Bréfritari: Sigríður Pálsdóttir
Viðtakandi: Páll Pálsson
Dagsetning: A-1860-11-23
Skrifað á: Breiðabólsstað  Rang.
Páll var bróðir Sigríðar

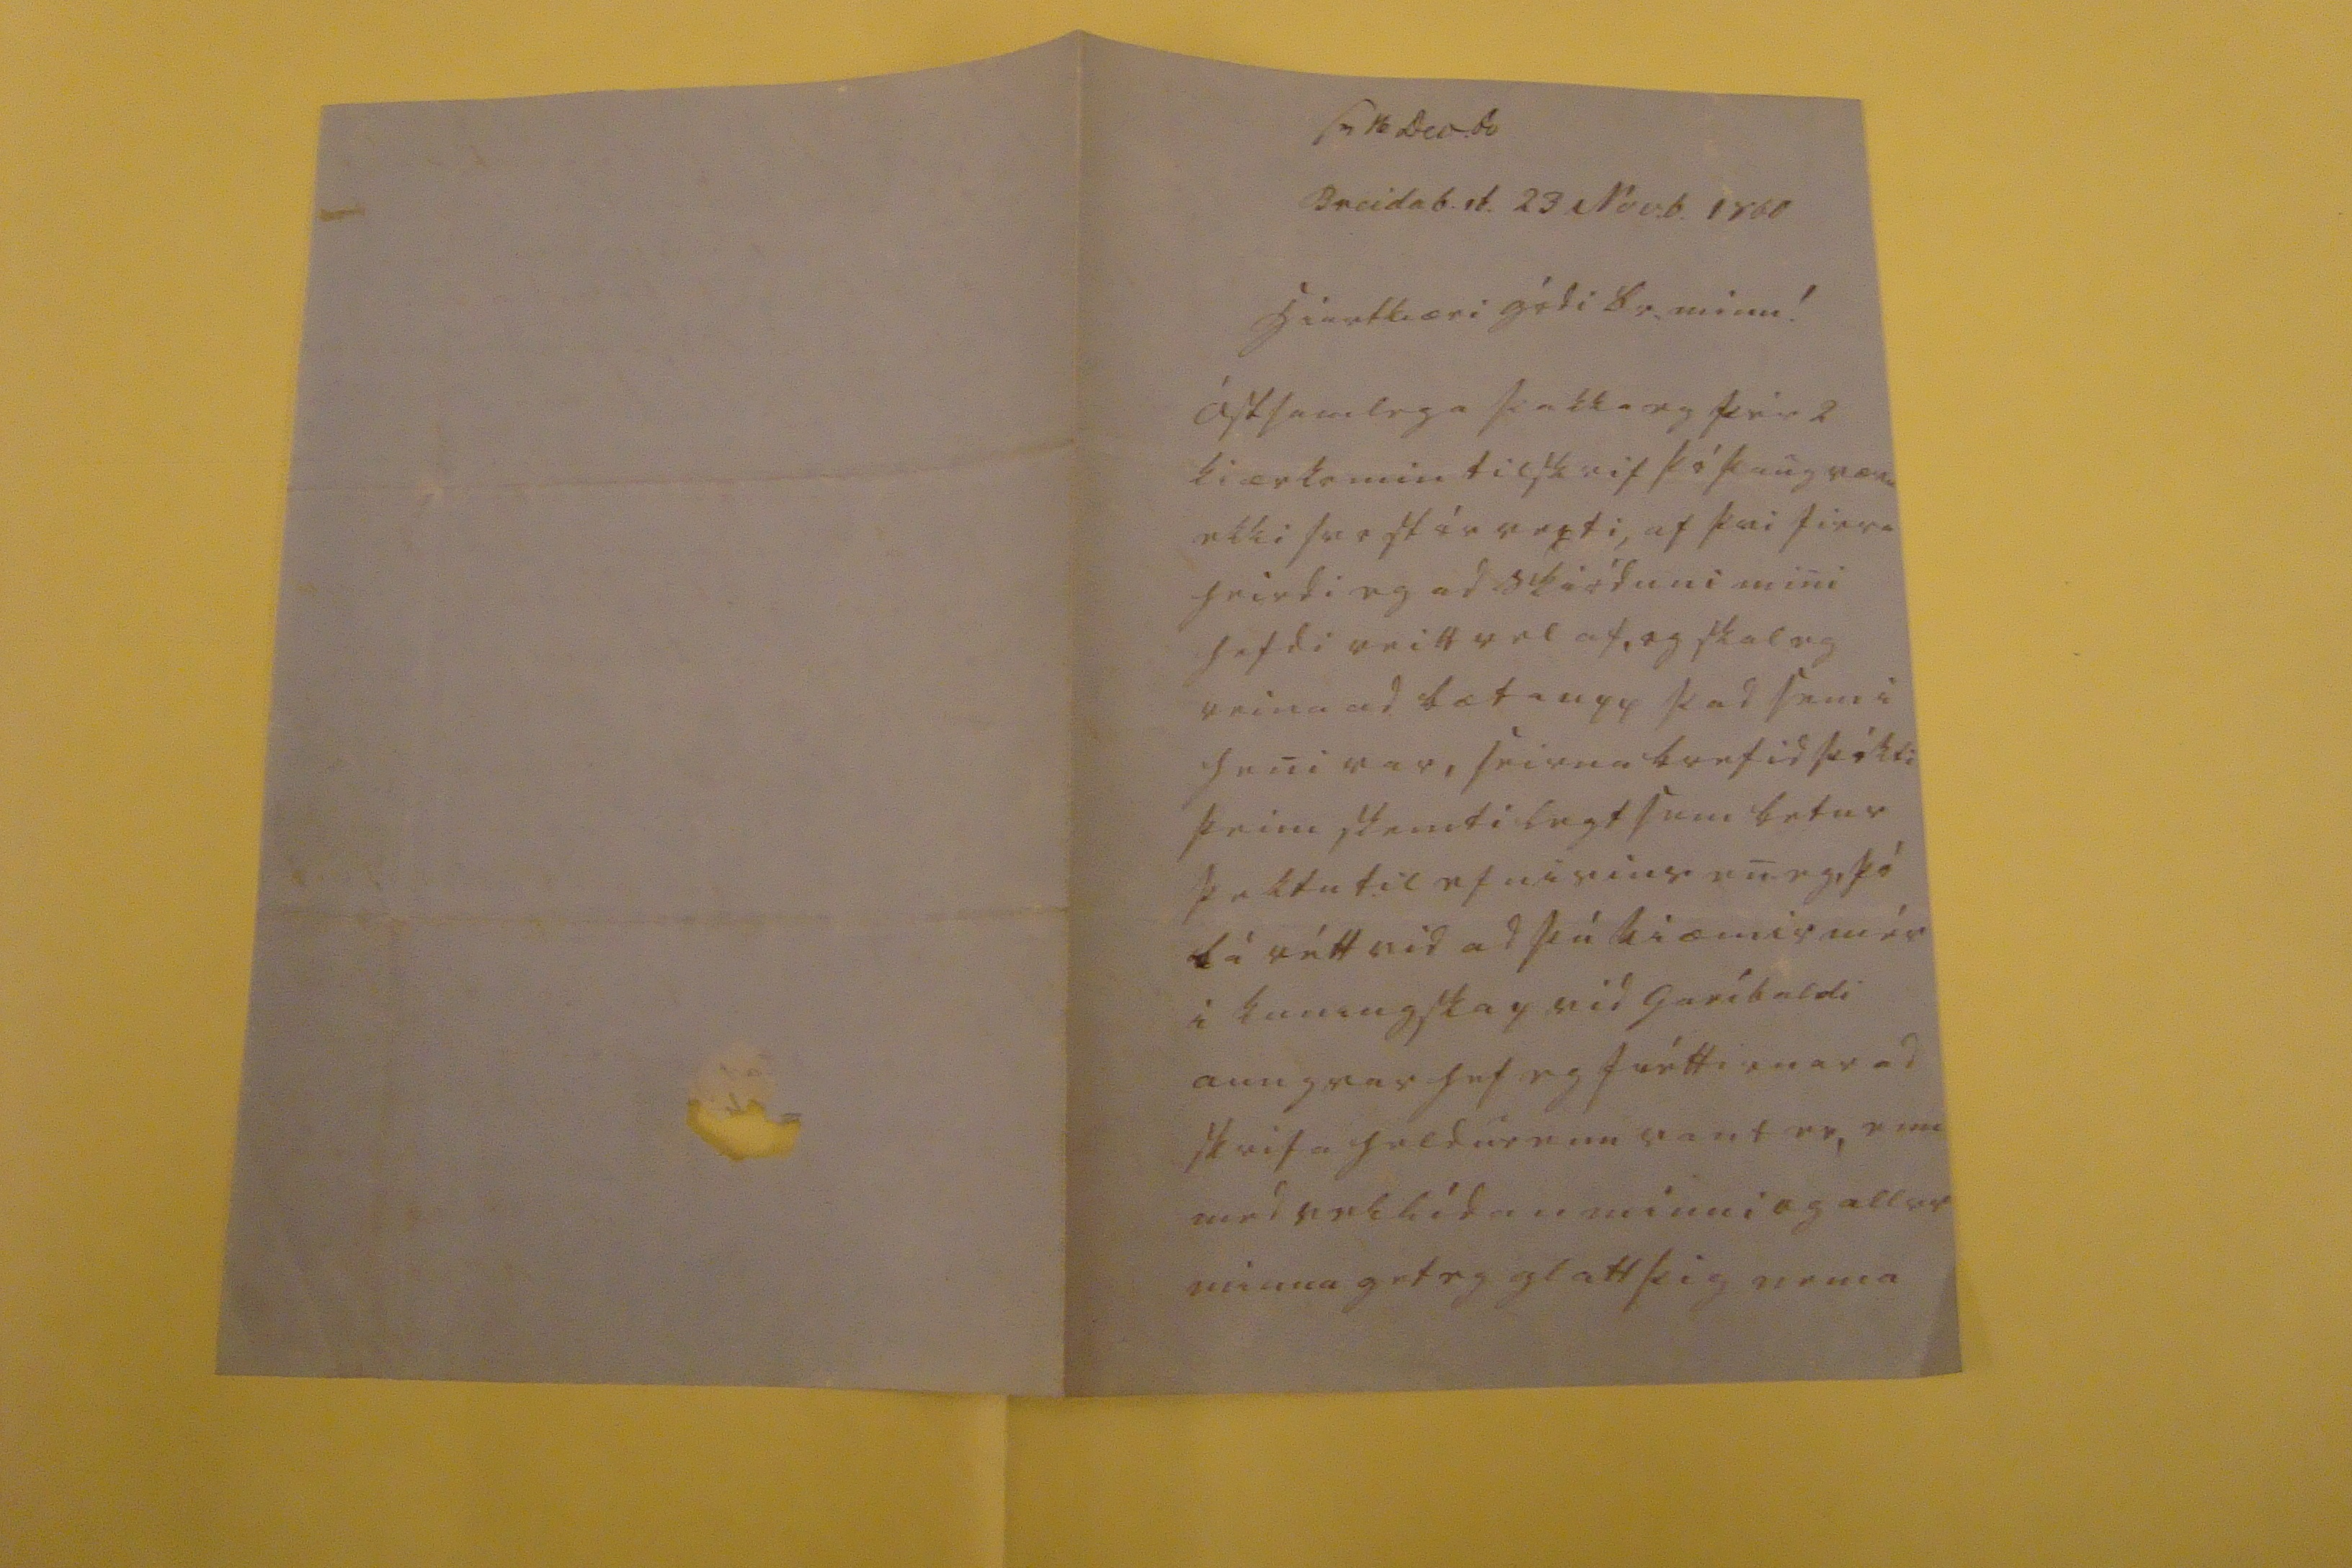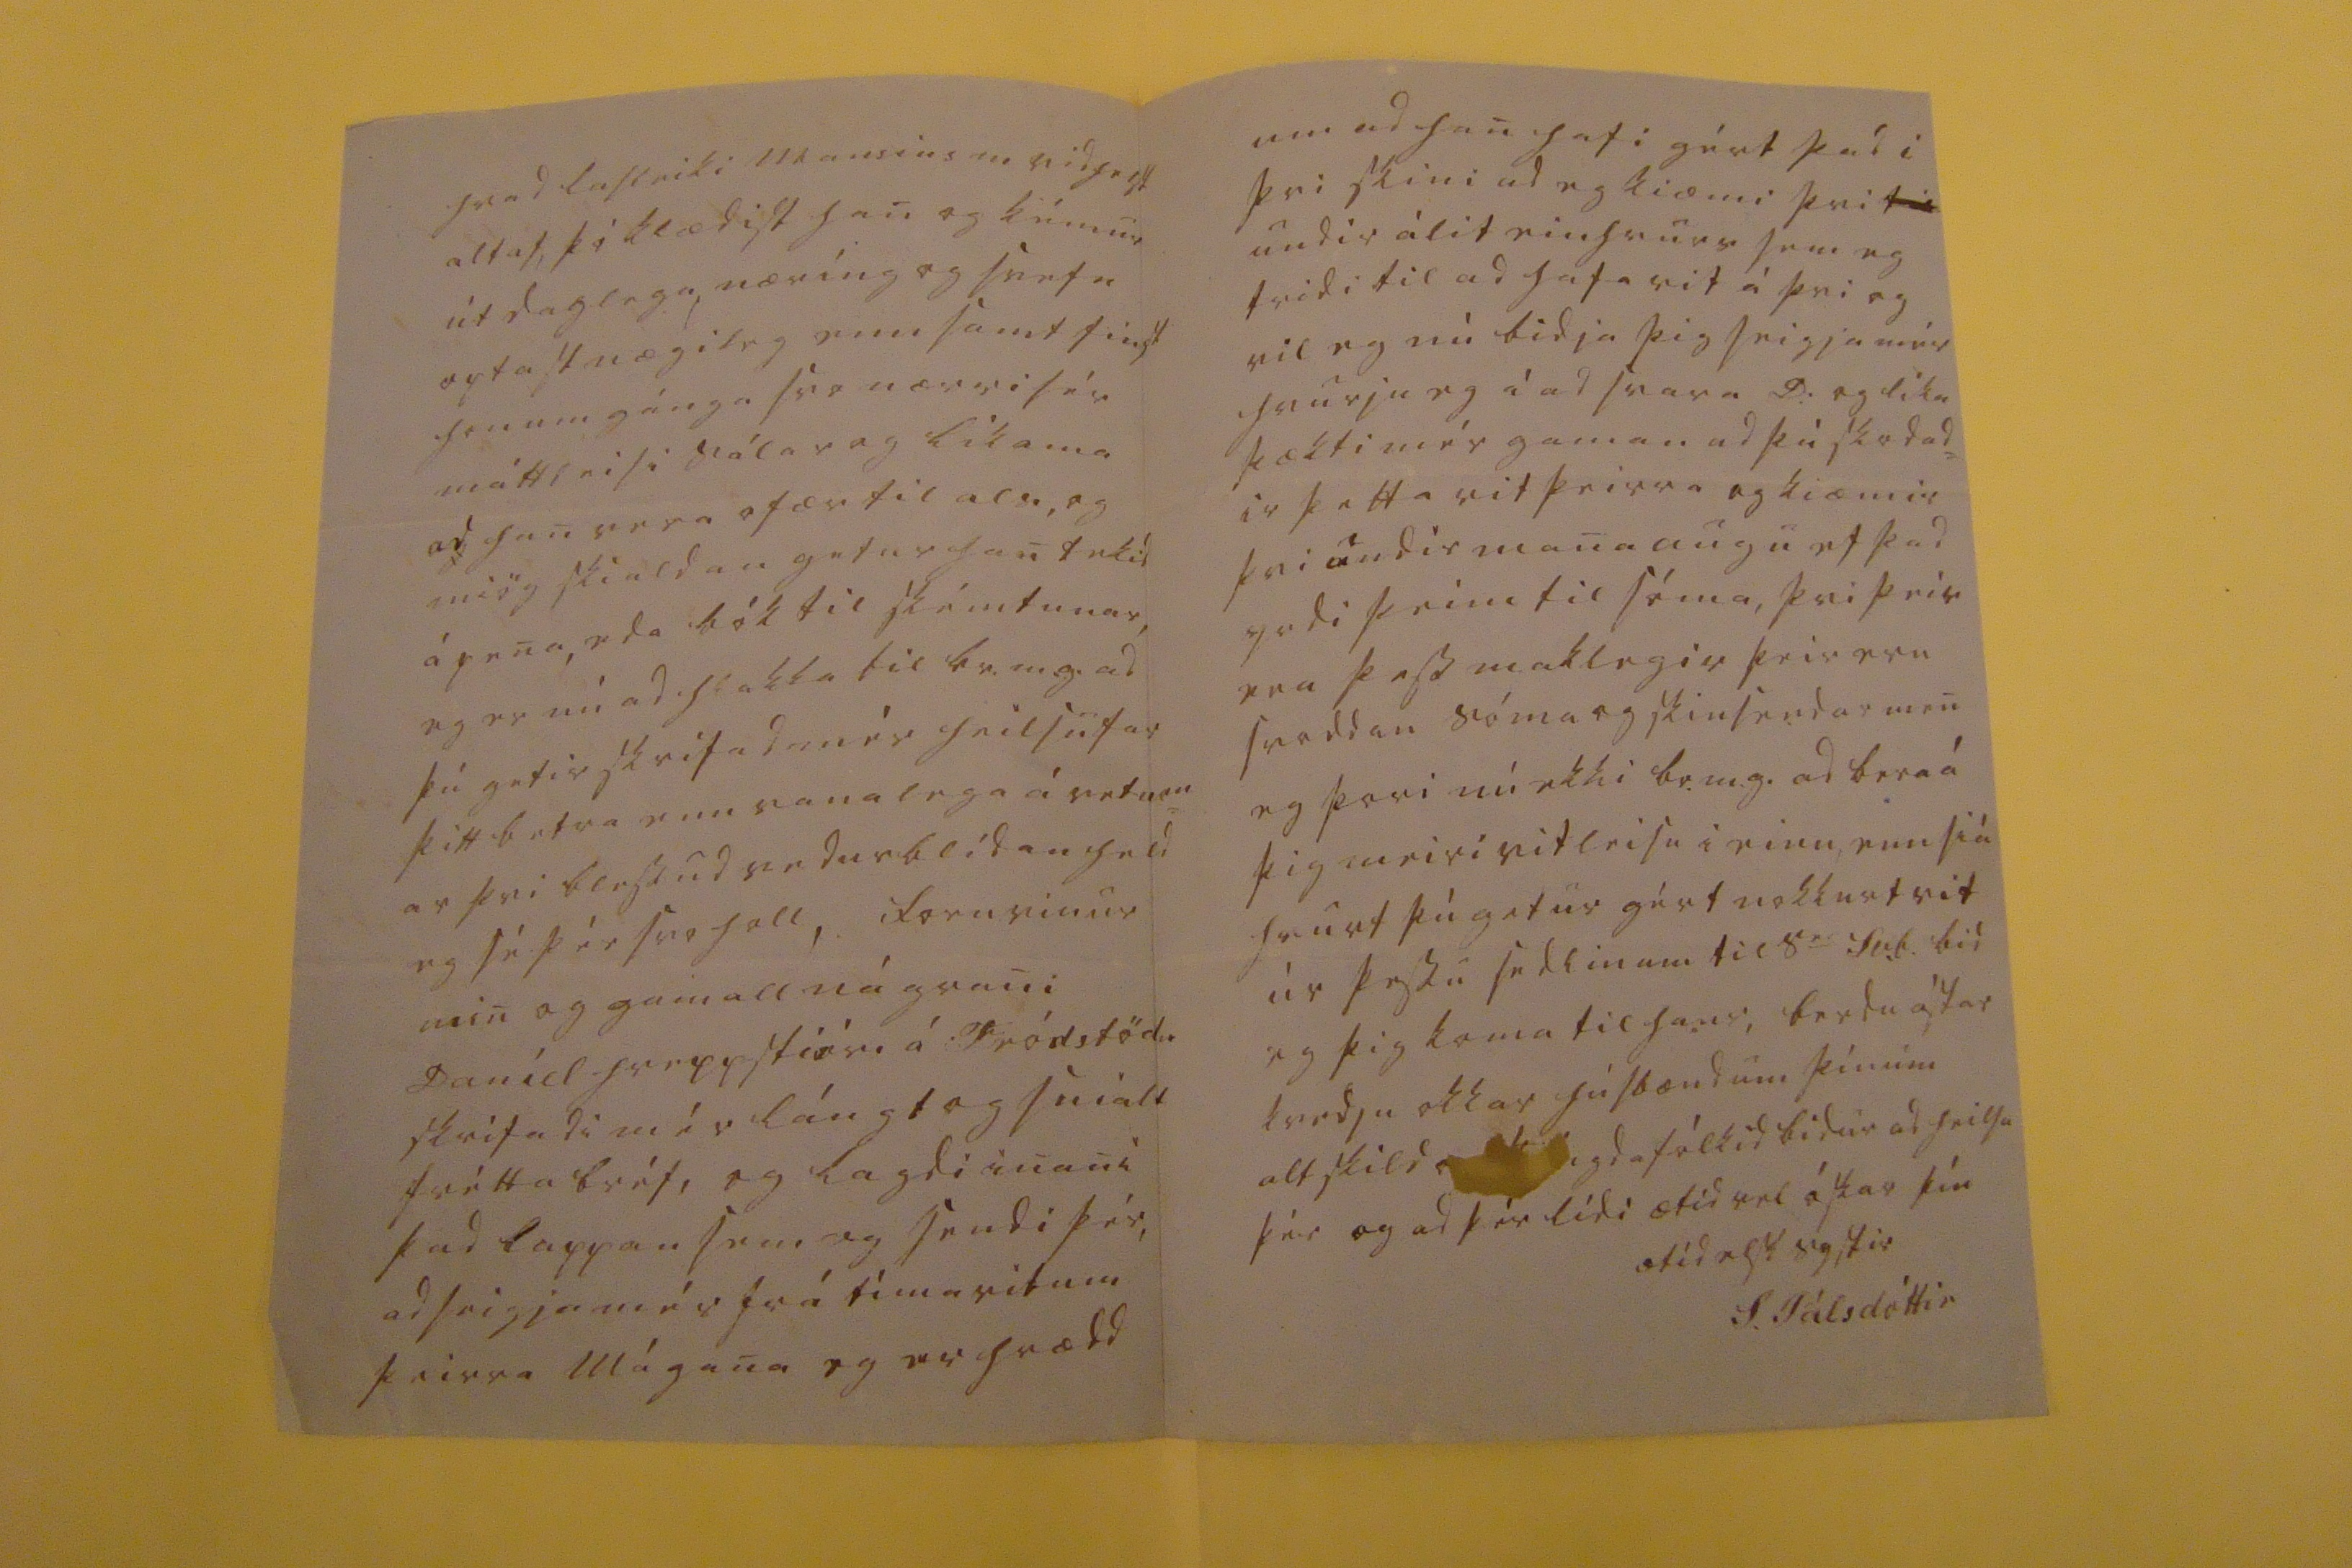

sv 16 Dec.60
Breidab.st. 23 Nov.b. 1860
hiartkiæri gódi br. minn!
Ástsamlega þakka eg þér 2 kiærkomin tilskrif þó þaug væru ekki svo stór
ve0di
, af þvi firra heirdi eg ad skióduni mini hefdi veitt vel af, og skal eg reina ad bæta upp þad sem i heni var, seirna brefid þókti þeim skemtilegt sem betur þektu til efnisins en eg, þó lá rétt vid ad þú kiæmir mér i kuningskap vid Garíbaldi aungvar hef eg fréttirnar ad skrifa heldur enn vant er, enn med vellídan minni og all
ra
minna get eg glatt þig nema
hvad lasleiki mansins m vidhelst altaf, þó klædist han og kémur út daglega næríng og svefn optast nægileg enn samt finst honum gánga svo nærri sér máttleisi sálar og líkama ad han vera ofær til als, og miög skialdan getur han
te
kid á pena, eda bók til skémtunar, eg er nú ad hlakka til br.m.g. ad þú getir skrifad mér heilsufar þitt betra enn vanalega á veturn ar þvi blessud vedurblídan held eg sé þér svo holl, fornvinur min og gamall nágrani Daníel hreppstióri á Fródstöd. skrifadi mér lángt og snialt fréttabréf, og lagdi inan i þad
tappan
sem eg sendi þér, ad seigja mér frá tímaritum þeirra Mágana eg er hrædd
um ad han hafi gért þad i þvi skini ad eg kiæmi þvi
til
undir álit einhvurs sem eg tridi til ad hafa vit á þvi og vil eg nú bidja þig seigja mér hvurju eg á ad svara D: og líka þækti mét gaman ad þú skodad= ir þetta rit þeirra og kiæmir þvi undir manaaugu ef þad yrdi þeim til sóma, þvi þeir eru þess maklegir þeir eru svoddan sóma og skinsendar men eg þori nú ekki br.m.g. ad bera á þig meiri vitleisu i einu, enn siá hvurt þú getur gért nokkurt vit úr þessu sedlinum til s
er
Sb.b. bid eg þig koma til hans, berdu ástar kvedju okkar húsbændum þínum altskild
00000
igdafólkid bidur ad heilsa þér og ad þér lídi ætíd vel óskar
þín ætíd elsk systir
S Pálsdóttir